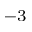
^ { - 3 }